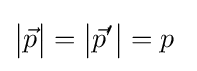
{\bigl |}{\vec {p}}{\bigr |}={\bigl |}{\vec {p}}'{\bigr |}=p~